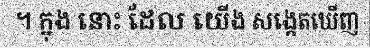
។ ក្នុង នោះ ដែល យើង សង្កេតឃើញ